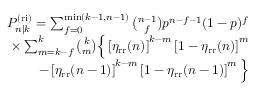
\begin{array} { r } { P _ { n | k } ^ { \mathrm { ( r i ) } } = \sum _ { f = 0 } ^ { \operatorname* { m i n } ( k - 1 , n - 1 ) } \binom { n - 1 } { f } p ^ { n - f - 1 } ( 1 - p ) ^ { f } } \\ { \times \sum _ { m = k - f } ^ { k } \binom { k } { m } \Big \{ \left[ \eta _ { \mathrm { r r } } ( n ) \right] ^ { k - m } \left[ 1 - \eta _ { \mathrm { r r } } ( n ) \right] ^ { m } } \\ { - \left[ \eta _ { \mathrm { r r } } ( n - 1 ) \right] ^ { k - m } \left[ 1 - \eta _ { \mathrm { r r } } ( n - 1 ) \right] ^ { m } \Big \} } \end{array}